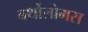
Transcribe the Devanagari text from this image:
बर्थोलोमस